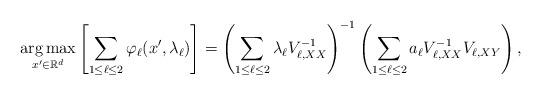
LaTeX: \begin{align*}\underset{x^\prime \in \mathbb{R}^d}{\arg \max } \left[ \sum_{1\leq \ell \leq 2} \varphi_\ell(x^{\prime}, \lambda_\ell)\right] = \left(\sum_{1 \leq \ell \leq 2} \lambda_{\ell} V_{\ell, X X}^{-1}\right)^{-1} \left(\sum_{1 \leq \ell \leq 2} a_{\ell} V_{\ell, X X}^{-1} V_{\ell, X Y}\right),\end{align*}